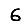
Digit: 6